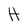
Character: H